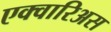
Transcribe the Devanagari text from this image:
एक्वारिअस